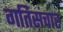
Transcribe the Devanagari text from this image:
गतिसंचार